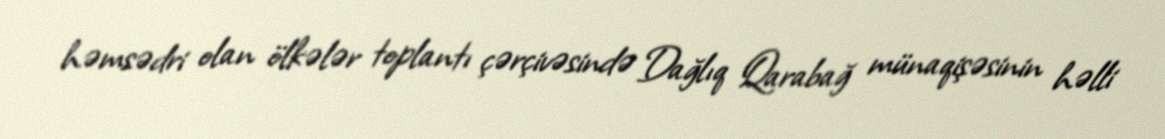
həmsədri olan ölkələr toplantı çərçivəsində Dağlıq Qarabağ münaqişəsinin həlli